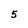
Character: 5